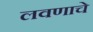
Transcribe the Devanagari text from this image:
लवणाचे